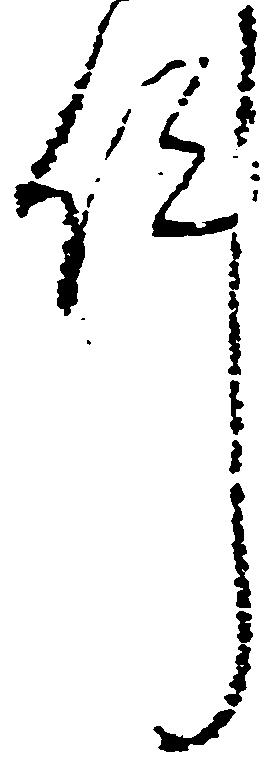
件